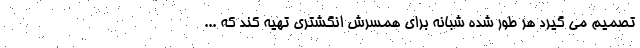
تصمیم می گیرد هر طور شده شبانه برای همسرش انگشتری تهیه کند که ...